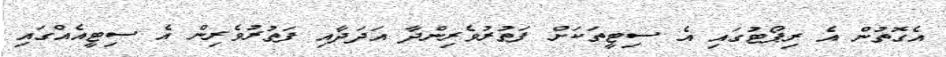
އެގޮތުން އެ ރިޕޯޓުގައި އެ ސިޓީތަކަށް ފަތުރުވެރިންދާ އަދަދާއި ފަތުރުވެރިން އެ ސިޓީއެއްގައި